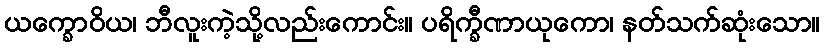
ယက္ခောဝိယ၊ ဘီလူးကဲ့သို့လည်းကောင်း။ ပရိက္ခီဏာယုကော၊ နတ်သက်ဆုံးသော။